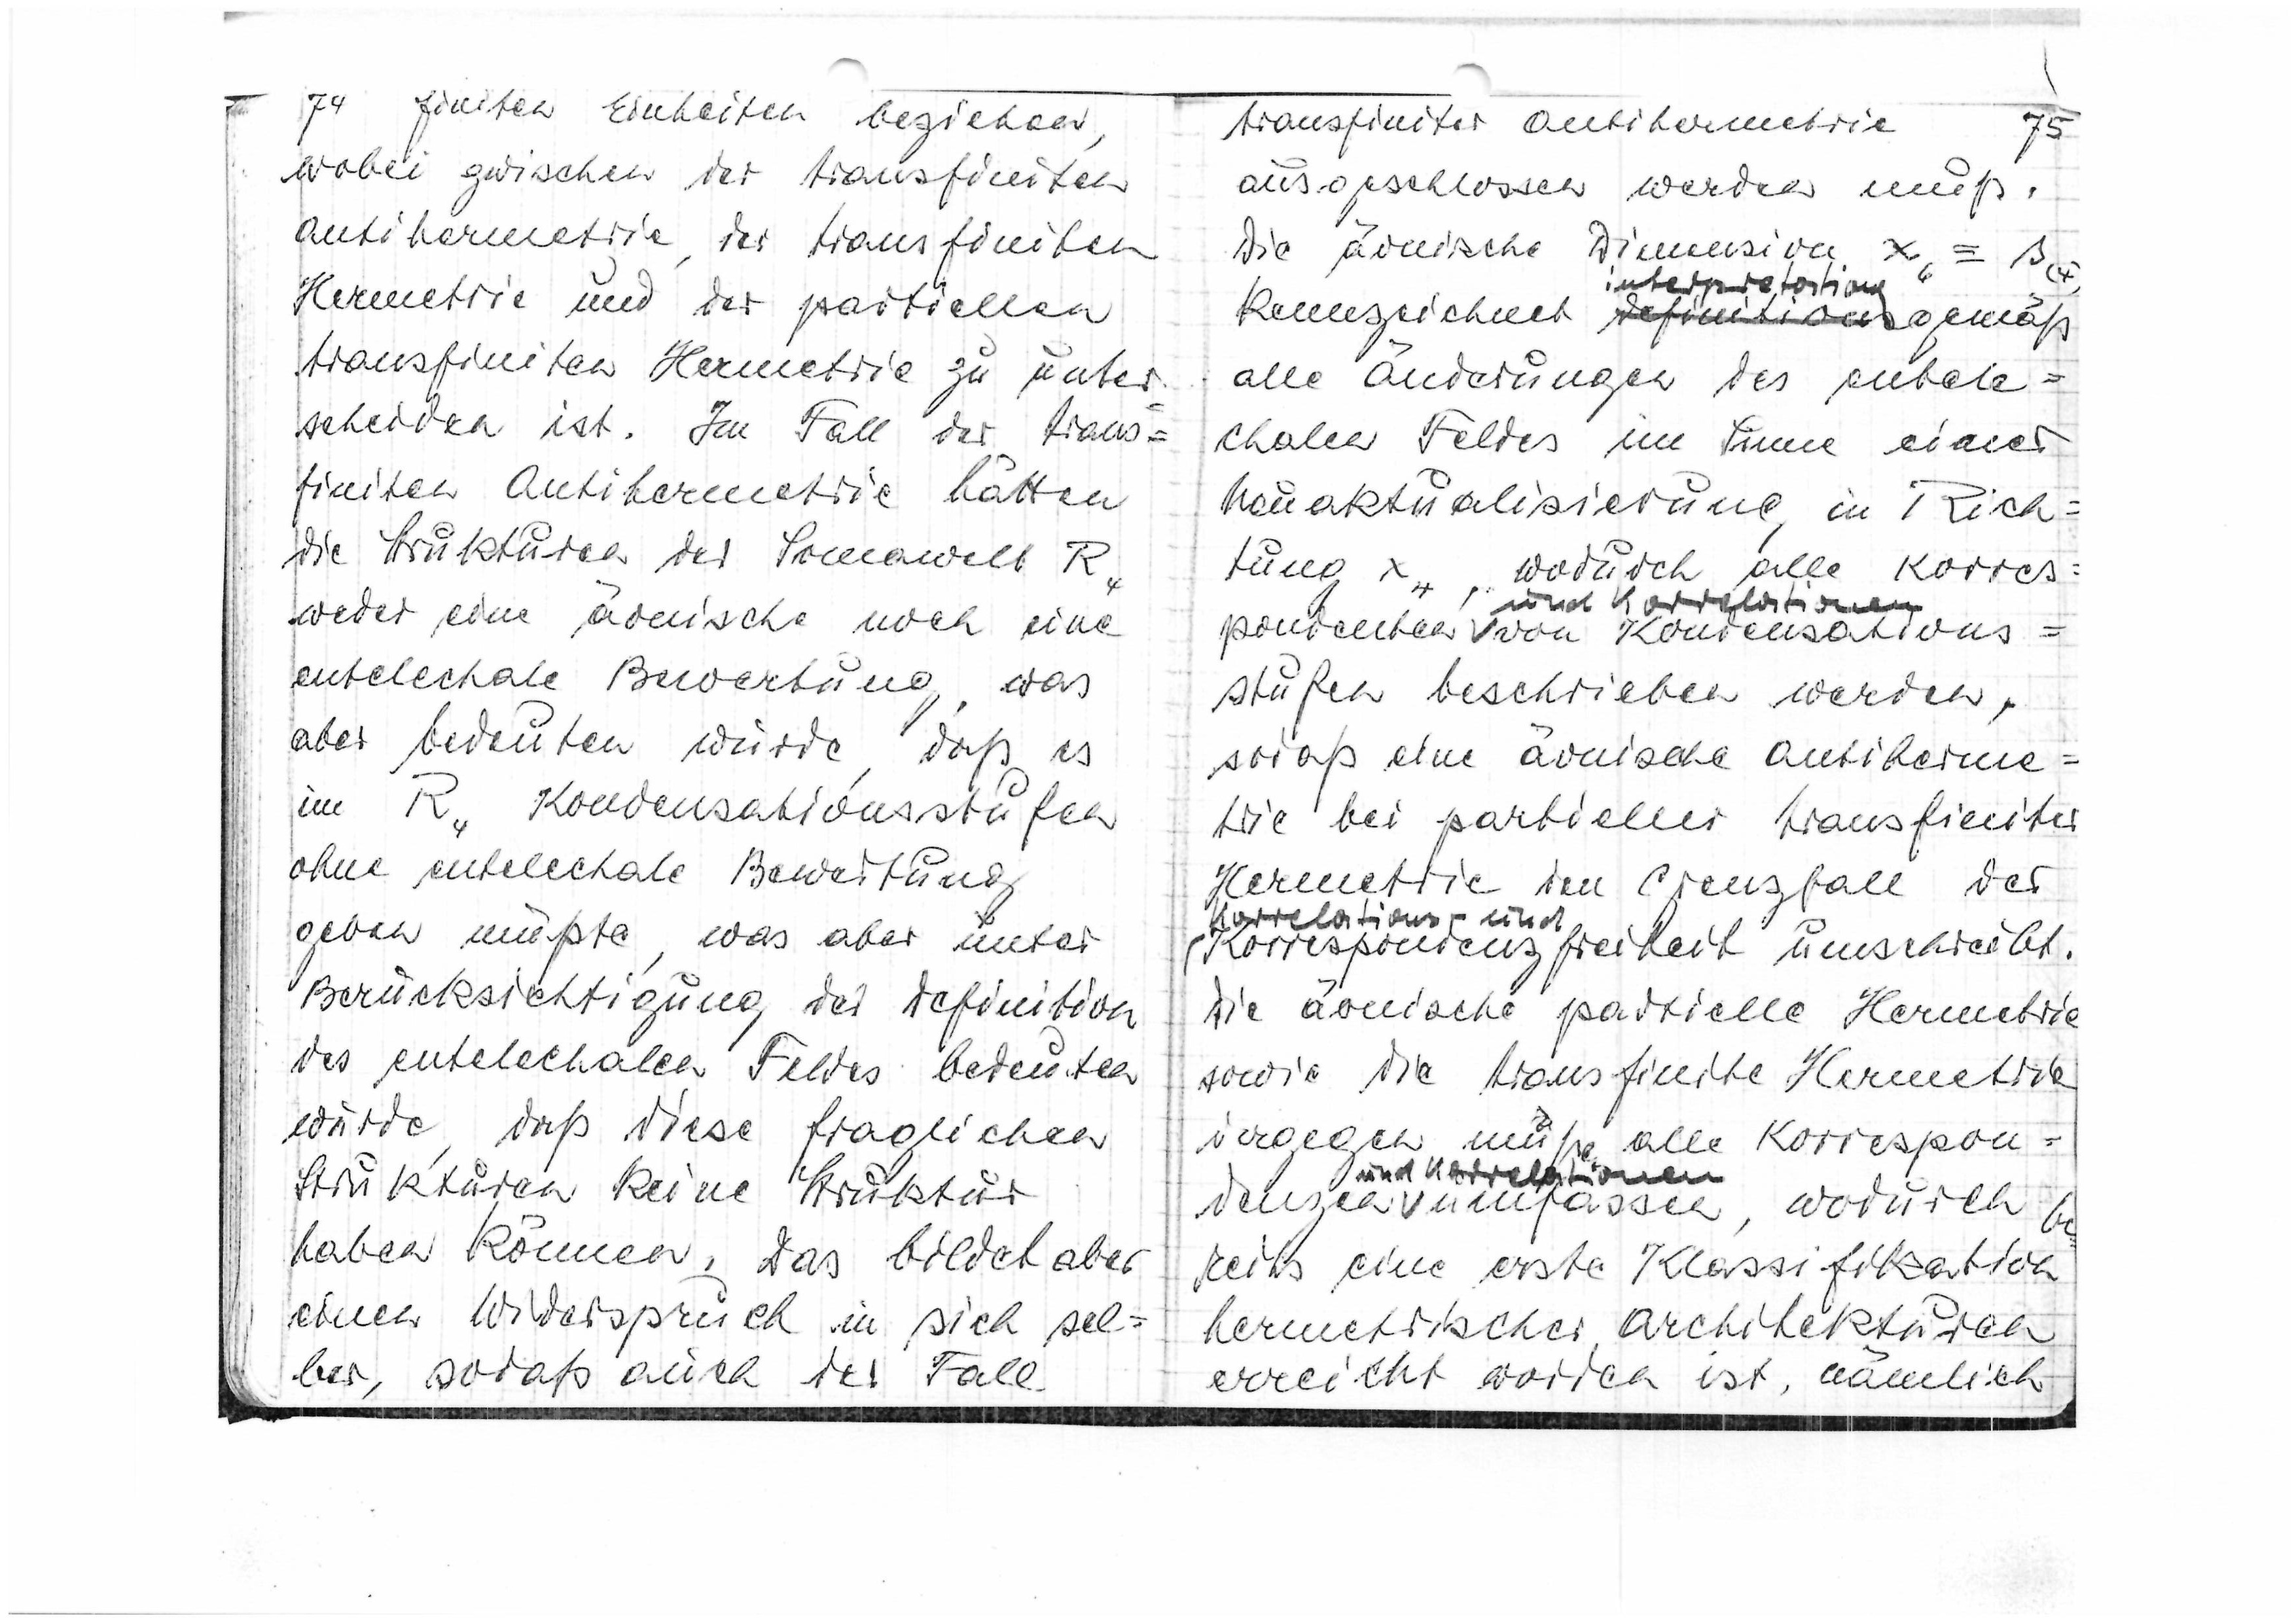
74
finiten Einheiten beziehen,
wobei zwischen der transfiniten
Antihermetrie, der transfiniten
Hermetrie und der partiellen
transfiniten Hermetrie zu unter=
scheiden ist. Im Fall der trans=
finiten Antihermetrie hätten
die Strukturen der Somawelt R4
weder eine äonische noch eine
entelechiale Bewertung, was
aber bedeuten würde, daß es
im R4 Kondensationsstufen
ohne entelechiale Bewertung
geben müßte, was aber unter
Berücksichtigung der Definition
des entelechialen Feldes bedeuten
würden, daß diese fraglichen
Strukturen keine Struktur
haben können. Das bildet aber
einen Widerspruch in sich sel=
ber, sodaß auch der Fall

transfiniter Antihermetrie
75
ausgeschlossen werden muß
Die äonische Dimension x6 ≡ s(4)
interpretations
kennzeichnet
definitions
gemäß
alle Änderungen des entele=
chalen Feldes im Sinne einer
Neuaktualisierung in Rich=
tung x4, wodurch alle Korres=
pondenzen
und Korrelationen
von Kondensations=
stufen beschrieben werden,
sodaß eine äonische Antiherme=
trie bei partieller transfiniter
Hermetrie im Grenzfall der
Korrelations- und
Korrepondenzfreiheit umschreibt.
Die äonische partielle Hermetrie
sowie die transfinite Hermetrie
dagegen muß alle Korrespon=
denzen
und Korrelationen
umfassen, wodurch be
reits eine erste Klassifikation
hermetrischer Architekturen
erreicht worden ist, nämlich